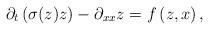
LaTeX: \begin{align*}\partial_{t}\left(\sigma(z)z\right)-\partial_{xx}z=f\left(z,x\right),\end{align*}